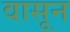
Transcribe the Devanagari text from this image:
वासून